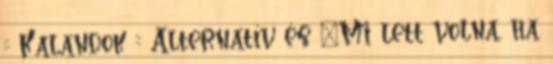
:: Kalandok :: Alternatív és „Mi lett volna, ha